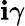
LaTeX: \mathbf{i}\gamma